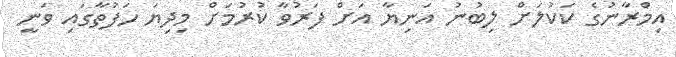
އިމްރާނުގެ ކަކުލަށް ލިބުނު އަނިޔާ އަށް ފަރުވާ ކުރުމަށް މިދިޔަ ހަފުތާގައި ވަނީ